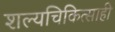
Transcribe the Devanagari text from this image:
शल्यचिकित्साही